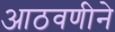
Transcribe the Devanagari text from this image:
आठवणीने